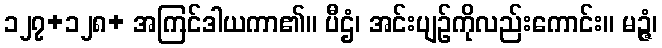
၁၂၇+၁၂၈+ အကြင်ဒါယကာ၏။ ပီဌံ၊ အင်းပျဉ်ကိုလည်းကောင်း။ မဉ္ဇံ၊